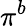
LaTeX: \pi^{b}